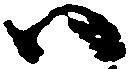
ハ